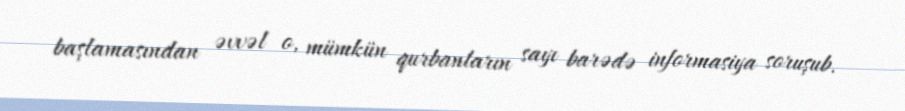
başlamasından əvvəl o, mümkün qurbanların sayı barədə informasiya soruşub.